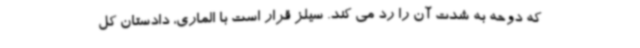
که دوحه به شدت آن را رد می کند. سیلز قرار است با الماری، دادستان کل